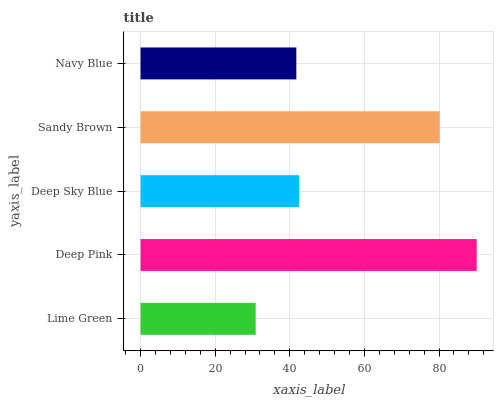
| yaxis_label | bars |
 | --- | --- |
 | Lime Green | 30.9 |
 | Deep Pink | 90.1 |
 | Deep Sky Blue | 42.5 |
 | Sandy Brown | 80.2 |
 | Navy Blue | 41.8 |